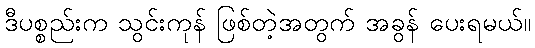
ဒီပစ္စည်းက သွင်းကုန် ဖြစ်တဲ့အတွက် အခွန် ပေးရမယ်။